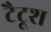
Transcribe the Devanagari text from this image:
टैटूश